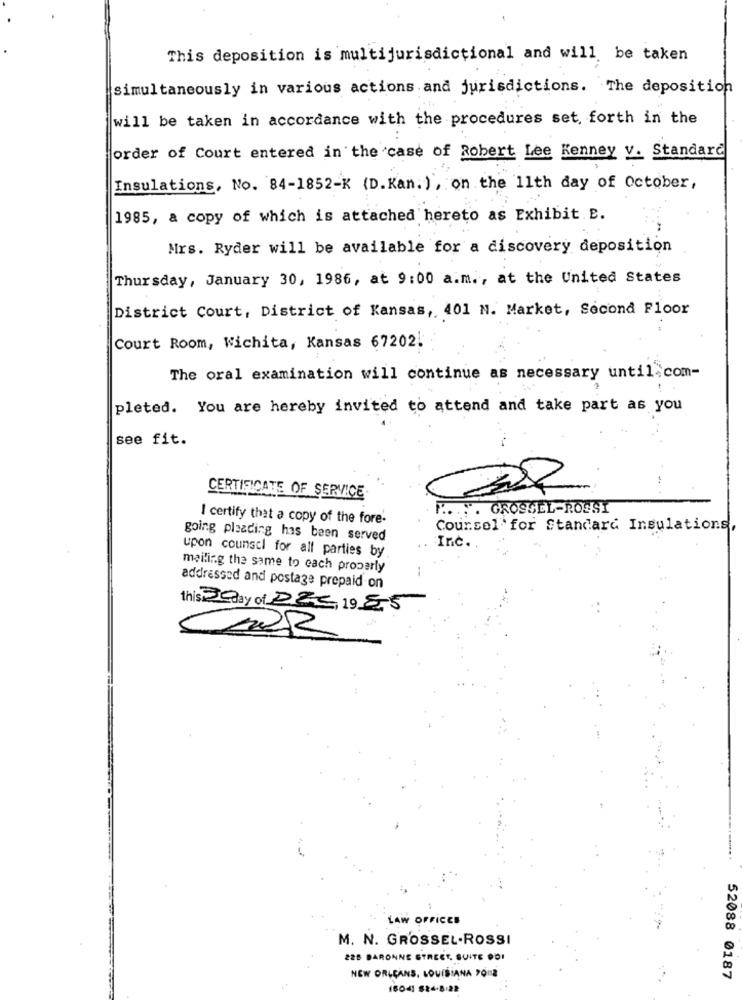
-
This deposition is multijurisdictional and will be taken
simultaneously in various actions and jurisdictions. The deposition
will be taken in accordance with the procedures set forth in the
order of Court entered in the case of Robert Lee Kenney v. Standard
Insulations, No. 84-1852-K (D. Kan. ) , on the 11th day of October,
1985, a copy of which is attached hereto as Exhibit. B.
Mrs. Ryder will be available for a discovery deposition
Thursday, January 30, 1986, at 9:00 a.m ., at the United States
District Court, District of Kansas, 401 N. Market, Second Floor
Court Room, Wichita, Kansas 67202.
The oral examination will continue as necessary until com-
pleted. You are hereby invited to attend and take part as you
see fit.
CERTIFICATE OF SERVICE
..... GROSSEL-ROSSI
I certify that a copy of the fore-
Counsel for Standard Insulations,
going pleading has been served
upon counsel for all parties by
Inc ..
mailing the same to cach properly
addressed and postage prepaid on
this 3 day of PZC, 1985
LAW OFFICES
M. N. GROSSEL.ROSSI
225 BARONNE STREET, SUITE POI
NEW ORLEANS, LOUISIANA 2018
52088 0187
18041 824-8-22